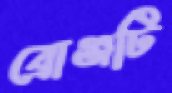
ব্রোঞ্জটি